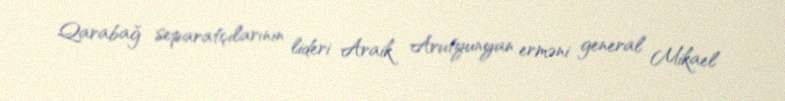
Qarabağ separatçılarının lideri Araik Arutyunyan erməni general Mikael